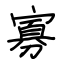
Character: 寡